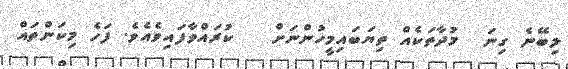
ލިބޭނެ ގިނަ  މުދާތަކެއް ތިޔަބައިމީހުންނަށް   ކުރައްވާފައިވެެއެވެ. ފަހެ މިކަންތައް